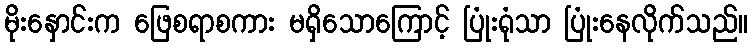
မိုးနှောင်းက ဖြေစရာစကား မရှိသောကြောင့် ပြုံးရုံသာ ပြုံးနေလိုက်သည်။